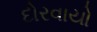
દોરવાયો